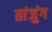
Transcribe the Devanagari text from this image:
तांजुंग